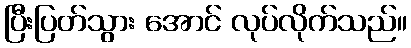
ပြီးပြတ်သွား အောင် လုပ်လိုက်သည်။